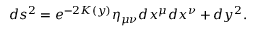
d s ^ { 2 } = e ^ { - 2 K ( y ) } \eta _ { \mu \nu } d x ^ { \mu } d x ^ { \nu } + d y ^ { 2 } .